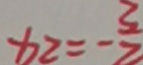
x _ { 2 } = - \frac { 3 } { 2 }